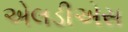
એલડીએસ